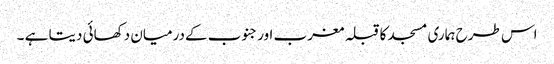
اس طرح ہماری مسجد کاقبلہ مغرب اورجنوب کےدرمیان دکھائی دیتا ہے ۔